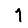
Digit: 1